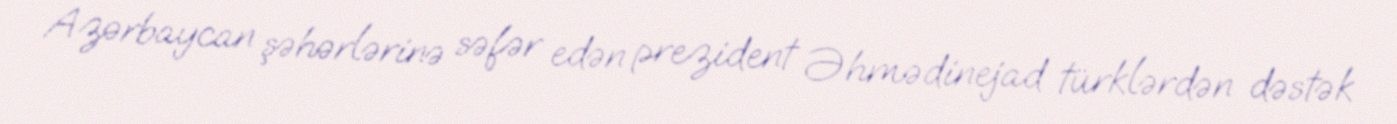
Azərbaycan şəhərlərinə səfər edən prezident Əhmədinejad türklərdən dəstək